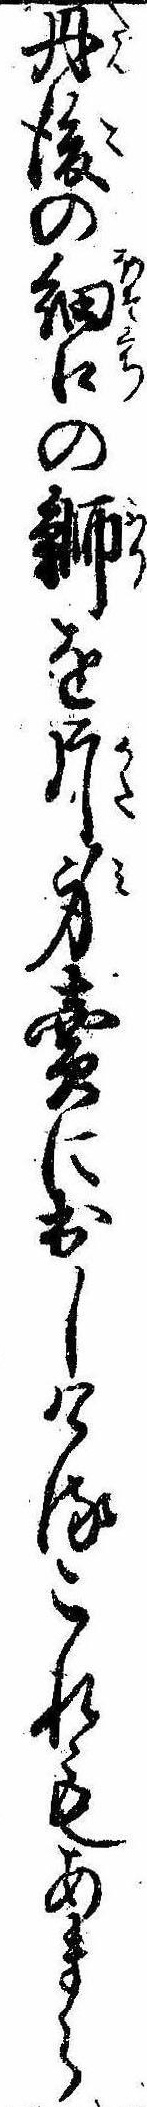
丹後の細口の鰤を片身売に出しけるこれもあまら